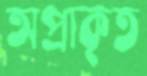
অপ্রাকৃত